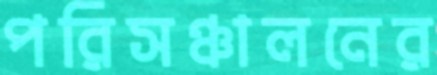
পরিসঞ্চালনের